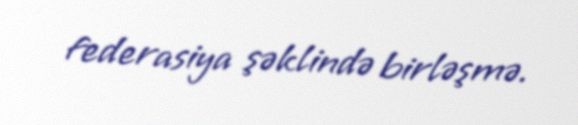
federasiya şəklində birləşmə.